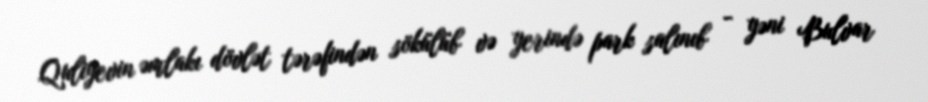
Quliyevin əmlakı dövlət tərəfindən sökülüb və yerində park salınıb - yəni Bulvar